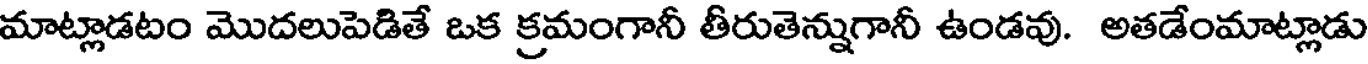
మాట్లాడటం మొదలుపెడితే ఒక క్రమంగానీ తీరుతెన్నుగానీ ఉండవు. అతడేంమాట్లాడు